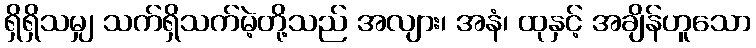
ရှိရှိသမျှ သက်ရှိသက်မဲ့တို့သည် အလျား၊ အနံ၊ ထုနှင့် အချိန်ဟူသော